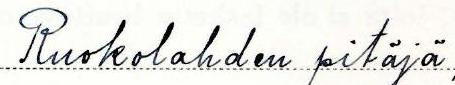
Ruokolahden pitäjä